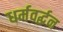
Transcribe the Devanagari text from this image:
धर्मवर्द्धन